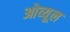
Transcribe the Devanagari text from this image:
ओव्यूल